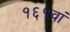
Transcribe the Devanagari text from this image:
१६५वां